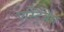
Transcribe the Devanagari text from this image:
एस्ट्रिंजेंस